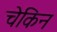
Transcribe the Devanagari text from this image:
चेकिन